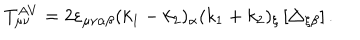
T _ { \mu \nu } ^ { A V } = 2 \varepsilon _ { \mu \nu \alpha \beta } ( k _ { 1 } - k _ { 2 } ) _ { \alpha } ( k _ { 1 } + k _ { 2 } ) _ { \xi } \left[ \triangle _ { \xi \beta } \right] .